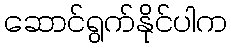
ဆောင်ရွက်နိုင်ပါက